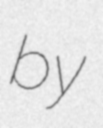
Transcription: by